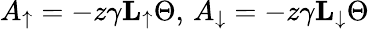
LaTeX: A_{\uparrow}=-z\gamma\mathbf{L}_{\uparrow}\Theta,\, A_{\downarrow}=-z\gamma\mathbf{L}_{\downarrow}\Theta